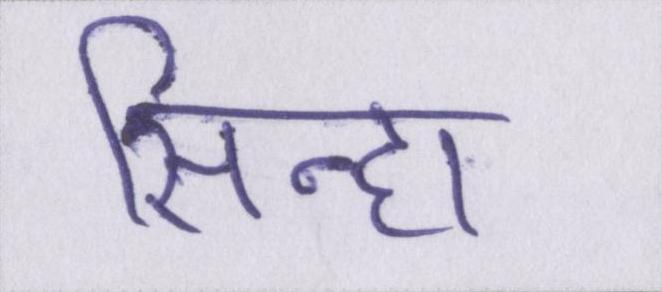
सिन्हा